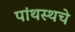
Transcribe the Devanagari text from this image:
पांथस्थचे